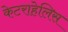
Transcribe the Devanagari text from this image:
केटराहेलिस